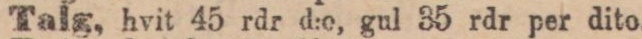
Talg, hvit 45 rdr d:e, gul 35 rdr per dito.